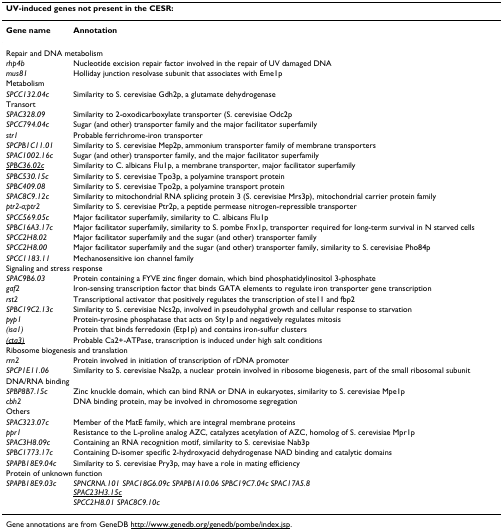
<table><thead><tr><td colspan="2"><b>UV-induced genes not present in the CESR:</b></td></tr></thead><tbody><tr><td><b>Gene name</b></td><td><b>Annotation</b></td></tr><tr><td colspan="2">Repair and DNA metabolism</td></tr><tr><td><i>rhp4b</i></td><td>Nucleotide excision repair factor involved in the repair of UV damaged DNA</td></tr><tr><td><i>mus81</i></td><td>Holliday junction resolvase subunit that associates with Eme1p</td></tr><tr><td>Metabolism</td><td></td></tr><tr><td><i>SPCC132.04c</i></td><td>Similarity to S. cerevisiae Gdh2p, a glutamate dehydrogenase</td></tr><tr><td>Transort</td><td></td></tr><tr><td><i>SPAC328.09</i></td><td>Similarity to 2-oxodicarboxylate transporter (S. cerevisiae Odc2p</td></tr><tr><td><i>SPCC794.04c</i></td><td>Sugar (and other) transporter family and the major facilitator superfamily</td></tr><tr><td><i>str1</i></td><td>Probable ferrichrome-iron transporter</td></tr><tr><td><i>SPCPB1C11.01</i></td><td>Similarity to S. cerevisiae Mep2p, ammonium transporter family of membrane transporters</td></tr><tr><td><i>SPAC1002.16c</i></td><td>Sugar (and other) transporter family, and the major facilitator superfamily</td></tr><tr><td><i><underline>SPBC36.02c</underline></i></td><td>Similarity to C. albicans Flu1p, a membrane transporter, major facilitator superfamily</td></tr><tr><td><i>SPBC530.15c</i></td><td>Similarity to S. cerevisiae Tpo3p, a polyamine transport protein</td></tr><tr><td><i>SPBC409.08</i></td><td>Similarity to S. cerevisiae Tpo2p, a polyamine transport protein</td></tr><tr><td><i>SPAC8C9.12c</i></td><td>Similarity to mitochondrial RNA splicing protein 3 (S. cerevisiae Mrs3p), mitochondrial carrier protein family</td></tr><tr><td><i>ptr2-a;ptr2</i></td><td>Similarity to S. cerevisiae Ptr2p, a peptide permease nitrogen-repressible transporter</td></tr><tr><td><i>SPCC569.05c</i></td><td>Major facilitator superfamily, similarity to C. albicans Flu1p</td></tr><tr><td><i>SPBC16A3.17c</i></td><td>Major facilitator superfamily, similarity to S. pombe Fnx1p, transporter required for long-term survival in N starved cells</td></tr><tr><td><i>SPCC2H8.02</i></td><td>Major facilitator superfamily and the sugar (and other) transporter family</td></tr><tr><td><i>SPCC2H8.00</i></td><td>Major facilitator superfamily and the sugar (and other) transporter family, similarity to S. cerevisiae Pho84p</td></tr><tr><td><i>SPCC1183.11</i></td><td>Mechanosensitive ion channel family</td></tr><tr><td colspan="2">Signaling and stress response</td></tr><tr><td><i>SPAC9B6.03</i></td><td>Protein containing a FYVE zinc finger domain, which bind phosphatidylinositol 3-phosphate</td></tr><tr><td><i>gaf2</i></td><td>Iron-sensing transcription factor that binds GATA elements to regulate iron transporter gene transcription</td></tr><tr><td><i>rst2</i></td><td>Transcriptional activator that positively regulates the transcription of ste11 and fbp2</td></tr><tr><td><i>SPBC19C2.13c</i></td><td>Similarity to S. cerevisiae Ncs2p, involved in pseudohyphal growth and cellular response to starvation</td></tr><tr><td><i>pyp1</i></td><td>Protein-tyrosine phosphatase that acts on Sty1p and negatively regulates mitosis</td></tr><tr><td><i>(isa1)</i></td><td>Protein that binds ferredoxin (Etp1p) and contains iron-sulfur clusters</td></tr><tr><td><i><underline>(cta3)</underline></i></td><td>Probable Ca2+-ATPase, transcription is induced under high salt conditions</td></tr><tr><td colspan="2">Ribosome biogenesis and translation</td></tr><tr><td><i>rrn2</i></td><td>Protein involved in initiation of transcription of rDNA promoter</td></tr><tr><td><i>SPCP1E11.06</i></td><td>Similarity to S. cerevisiae Nsa2p, a nuclear protein involved in ribosome biogenesis, part of the small ribosomal subunit</td></tr><tr><td colspan="2">DNA/RNA binding</td></tr><tr><td><i>SPBP8B7.15c</i></td><td>Zinc knuckle domain, which can bind RNA or DNA in eukaryotes, similarity to S. cerevisiae Mpe1p</td></tr><tr><td><i>cbh2</i></td><td>DNA binding protein, may be involved in chromosome segregation</td></tr><tr><td>Others</td><td></td></tr><tr><td><i>SPAC323.07c</i></td><td>Member of the MatE family, which are integral membrane proteins</td></tr><tr><td><i>ppr1</i></td><td>Resistance to the L-proline analog AZC, catalyzes acetylation of AZC, homolog of S. cerevisiae Mpr1p</td></tr><tr><td><i>SPAC3H8.09c</i></td><td>Containing an RNA recognition motif, similarity to S. cerevisiae Nab3p</td></tr><tr><td><i>SPBC1773.17c</i></td><td>Containing D-isomer specific 2-hydroxyacid dehydrogenase NAD binding and catalytic domains</td></tr><tr><td><i>SPAPB18E9.04c</i></td><td>Similarity to S. cerevisiae Pry3p, may have a role in mating efficiency</td></tr><tr><td colspan="2">Protein of unknown function</td></tr><tr><td><i>SPAPB18E9.03c</i></td><td><i>SPNCRNA.101 SPAC18G6.09c SPAPB1A10.06 SPBC19C7.04c SPAC17A5.8</i><i><underline>SPAC23H3.15c</underline></i><i>SPCC2H8.01 SPAC8C9.10c</i></td></tr></tbody></table>